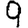
Digit: 9